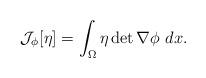
LaTeX: \begin{align*}\mathcal{J}_\phi[\eta]=\int_\Omega \eta \det \nabla \phi ~dx.\end{align*}